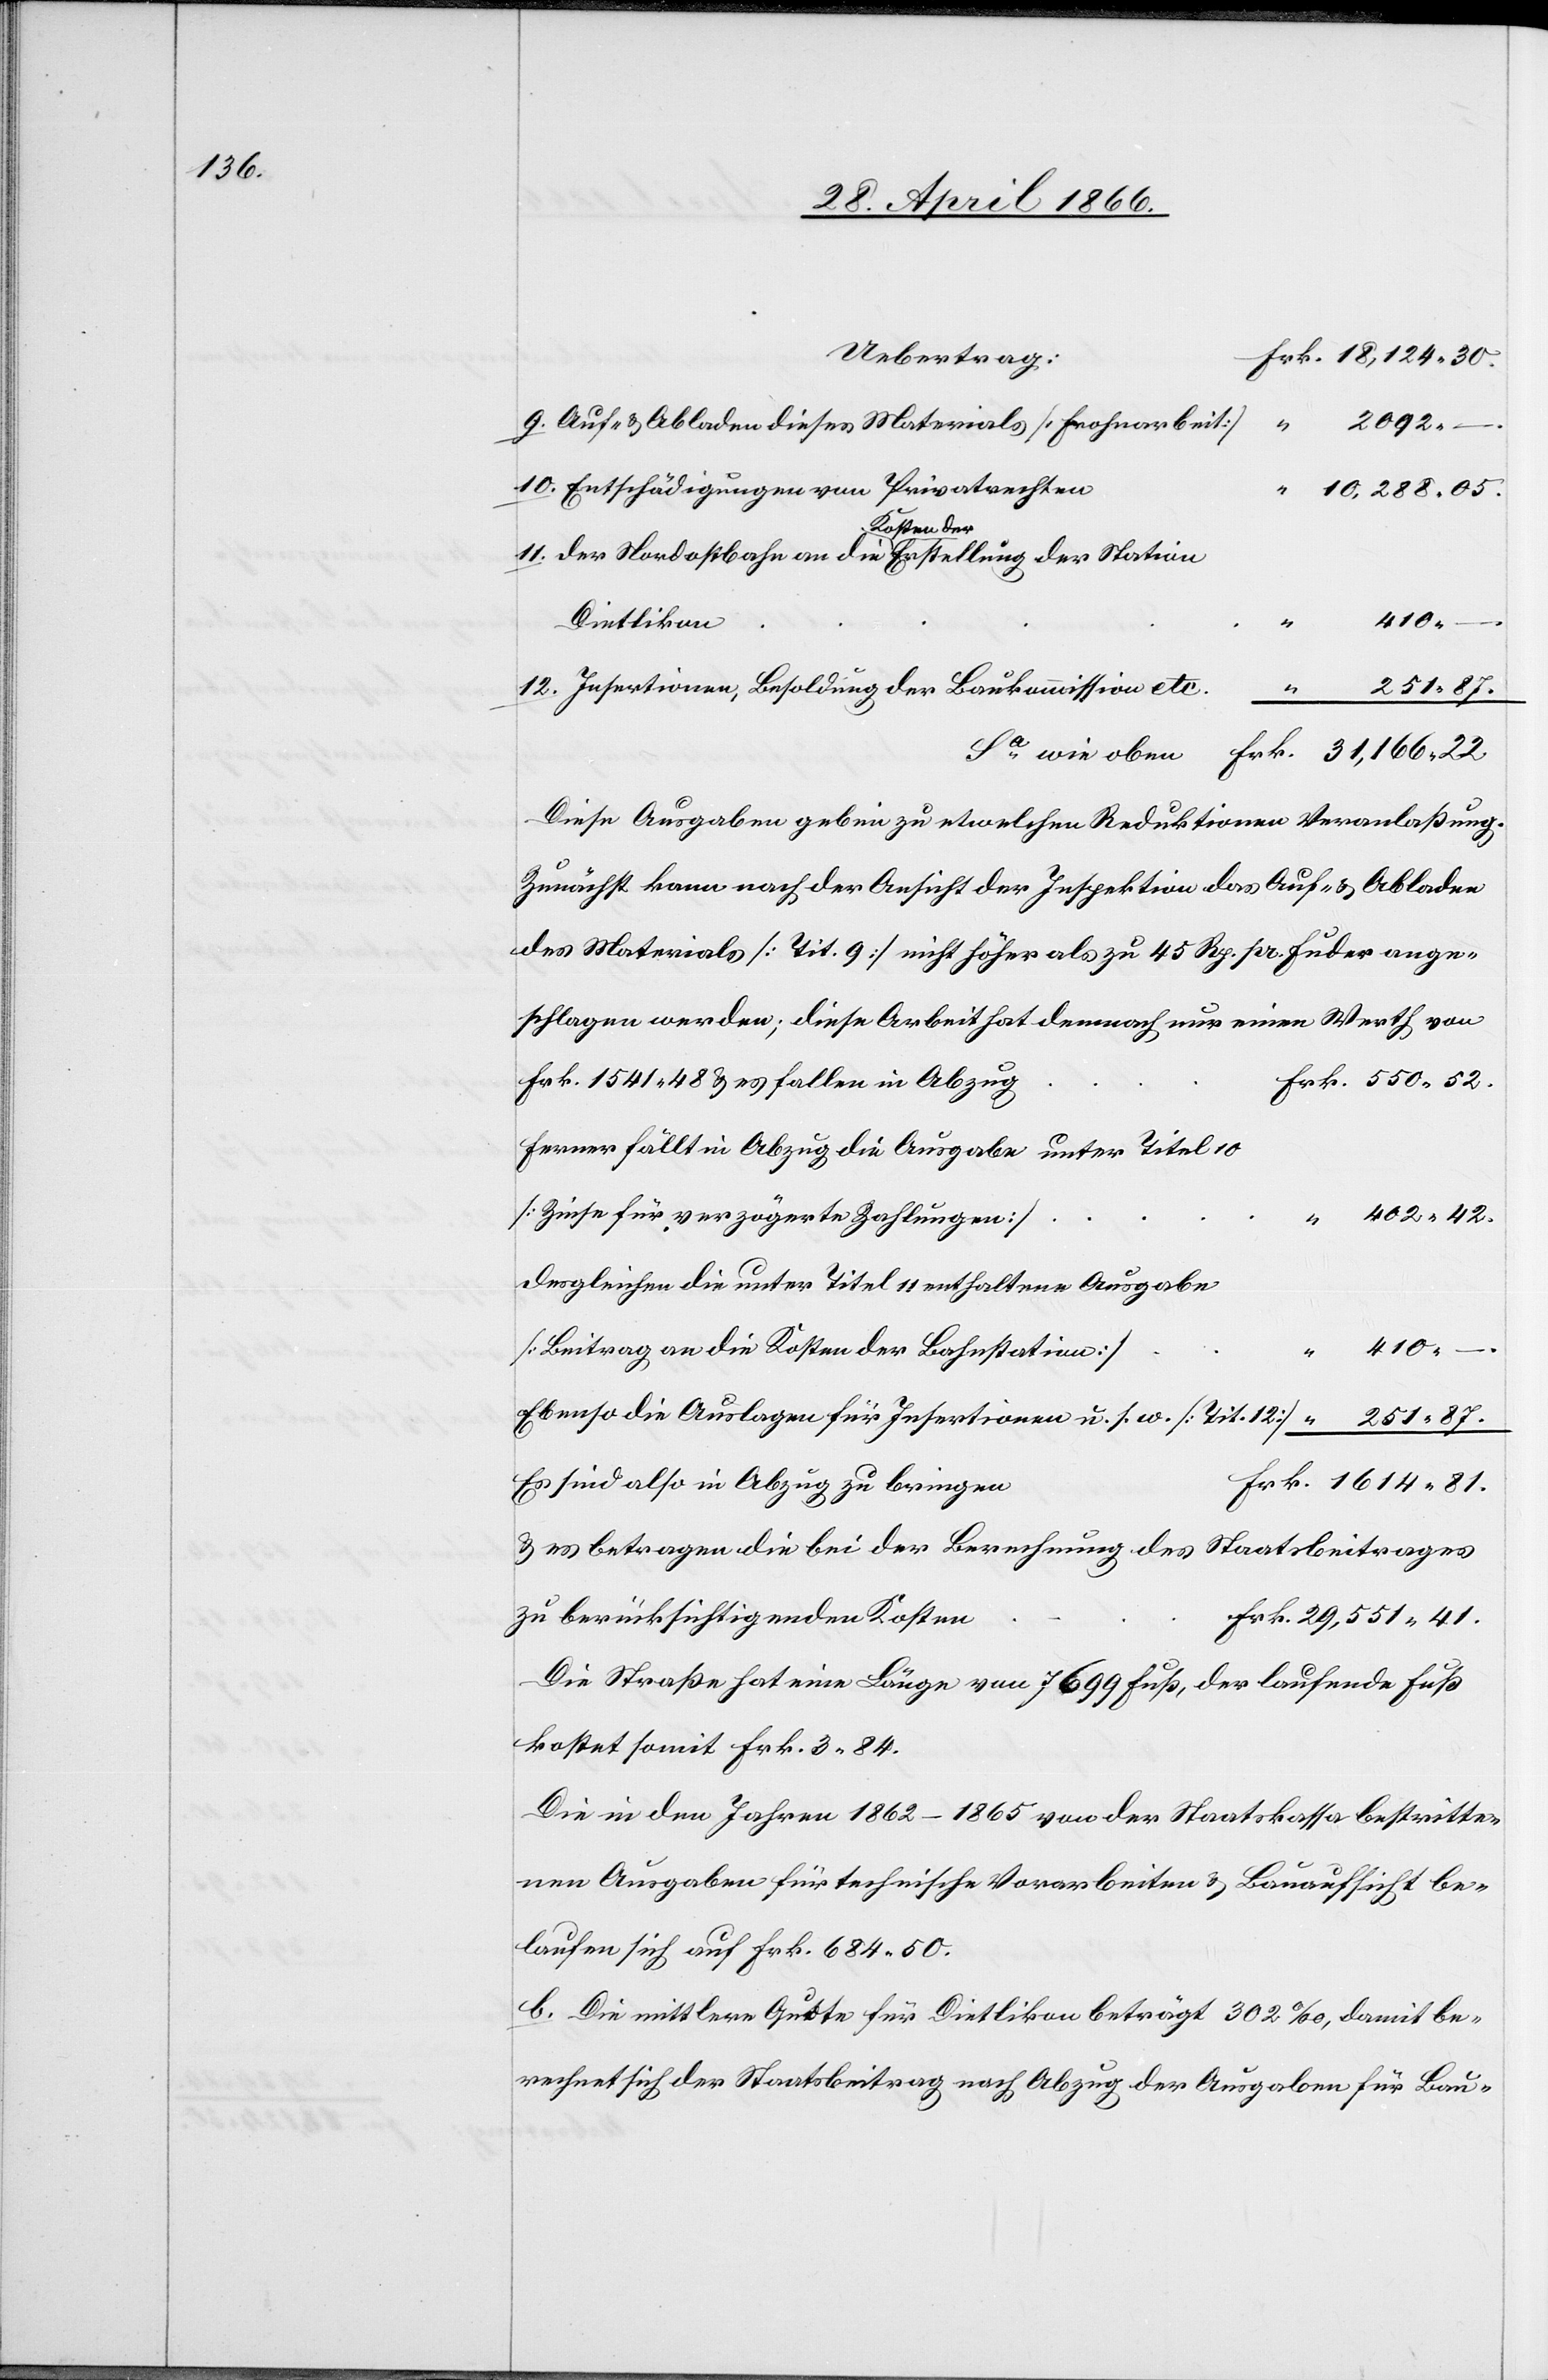
Auf- u. Abladen dieses Materials [Frohnarbeit]
2092.–.
10.
Entschädigungen von Privatrechten
10 288.05.
Kosten der
42.
410.
Dietlikon
Insertionen, Besoldung der Baukommission etc.
1614.
“
81.
Sa. wie oben
Diese Ausgaben geben zu etwelchen Reduktionen Veranlaßung.
Zunächst kann nach der Ansicht der Inspektion das Auf- u. Abladen
des Materials [Tit. 9] nicht höher als zu 45 Rp. pr. Fuder ange¬
schlagen werden; diese Arbeit hat demnach nur einen Werth von
Frk. 1541.48 u. es fallen in Abzug
ferner fällt in Abzug die Ausgabe unter Titel 10
[Zinse für verzögerte Zahlungen]
Desgleichen die unter Titel 11 enthaltene Ausgabe
[Beitrag an die Kosten der Bahnstation]
Ebenso die Auslagen für Insertionen u. s. w. [Tit. 12]
Es sind also in Abzug zu bringen
Die Straße hat eine Länge von 7699 Fuß, der laufende Fuß
kostet somit Frk. 3.84.
Die in den Jahren 1862–1865 von der Staatskasse bestritte¬
nen Ausgaben für technische Vorarbeiten u. Bauaufsicht be¬
laufen sich auf Frk. 684.50.
b. Die mittlere Quote für Dietlikon beträgt 302 ‰, damit be¬
rechnet sich der Staatsbeitrag nach Abzug der Ausgaben für Bau-